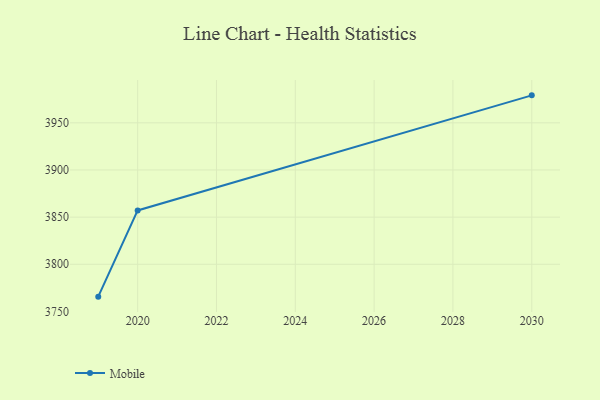
{"axis": {"x": "Year", "y": "Backlog"}, "legend": ["Mobile"], "data": [{"x": "2019", "y": 3765.7, "type": "Mobile"}, {"x": "2020", "y": 3857.1, "type": "Mobile"}, {"x": "2030", "y": 3979.1, "type": "Mobile"}]}